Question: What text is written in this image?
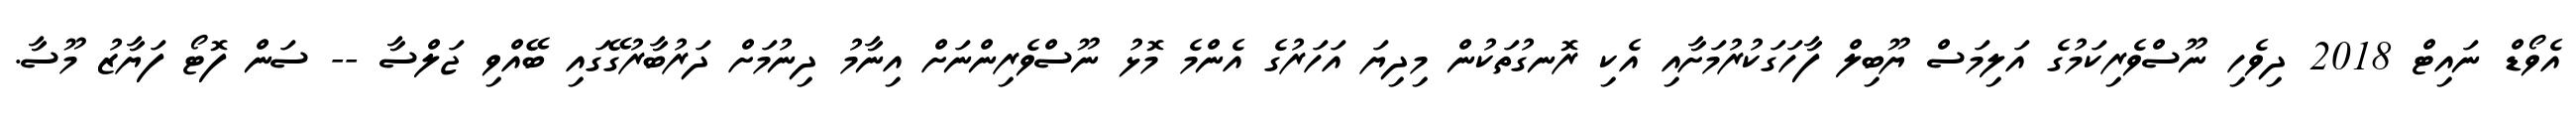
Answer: އެވޯޑް ނައިޓް 2018 ދިވެހި ނޫސްވެރިކަމުގެ އަލިމަސް ޔޫބިލް ފާހަގަކުރުމަށާއި އެކި ރޮނގުތަކުން މިދިޔަ އަހަރުގެ އެންމެ މޮޅު ނޫސްވެރިންނަށް އިނާމު ދިނުމަށް ދަރުބާރުގޭގައި ބޭއްވި ޖަލްސާ -- ސަން ފޮޓޯ ފަޔާޒު މޫސާ.